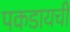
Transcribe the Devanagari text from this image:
पकडायची